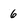
Character: 6